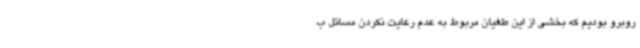
روبرو بودیم که بخشی از این طغیان مربوط به عدم رعایت نکردن مسائل ب